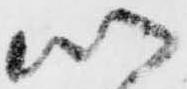
以